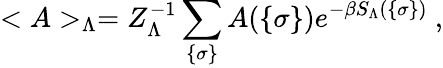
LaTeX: <A>_{\Lambda}=Z_{\Lambda}^{-1}\sum_{\{ \sigma\} }A(\{ \sigma\} )e^{-\beta S_{\Lambda}(\{ \sigma\} )}~,